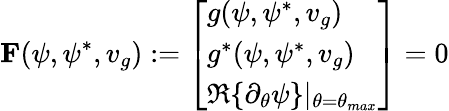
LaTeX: \mathbf{F}(\psi,\psi^{*},v_{g}):=\left[\begin{array}{l}{g(\psi,\psi^{*},v_{g})}\\ {g^{*}(\psi,\psi^{*},v_{g})}\\ {\Re\{ \partial_{\theta}\psi\} |_{\theta=\theta_{max}}}\end{array}\right]=0